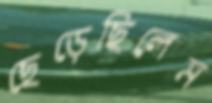
ছেড়েছিলেম